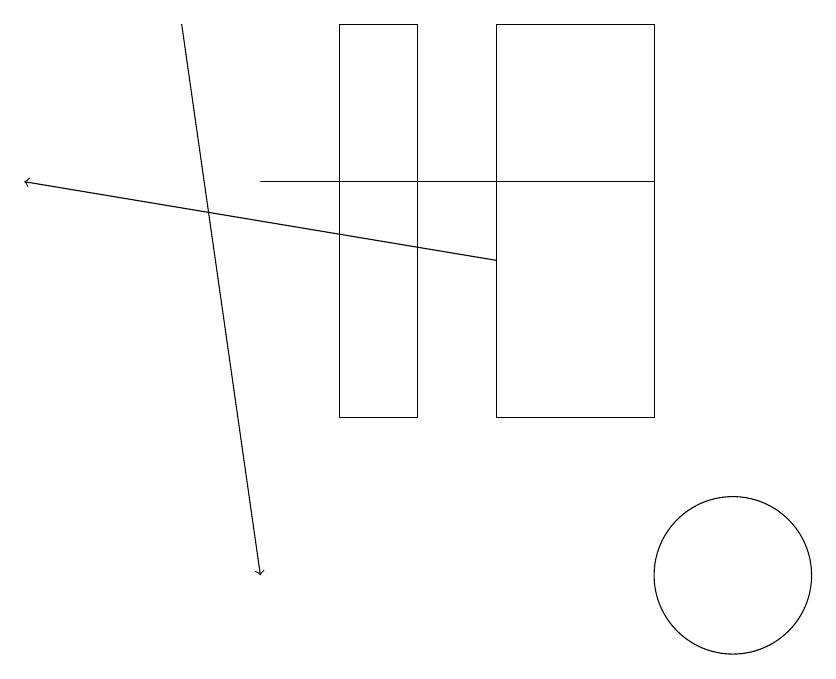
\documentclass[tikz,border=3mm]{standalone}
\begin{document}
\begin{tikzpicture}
\draw (9,17) rectangle (4,17);
\draw[->] (7,16) -- (1,17);
\draw (10,12) circle (1);
\draw[->] (3,19) -- (4,12);
\draw (6,14) rectangle (5,19);
\draw (9,19) rectangle (7,14);
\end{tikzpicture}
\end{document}